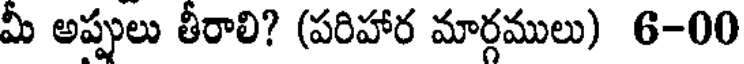
మీ అప్పులు తీరాలి? (పరిహార మార్గములు) 6-00